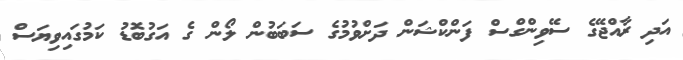
އަދި ރާއްޖޭގެ ސޭވިންގްސް ފަންކްޝަން ދަށްވުމުގެ ސަބަބުން ލޯން ގެ އަގުބޮޑު ކަމުގައިވިޔަސް